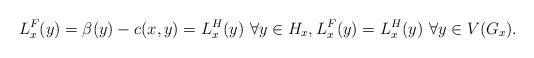
LaTeX: \begin{align*}L_x^F(y) = \beta (y) - c(x,y) = L_x^H (y) \,\,\forall y \in H_x, L_x^F(y) = L_x^H (y)\,\,\forall y \in V(G_x).\end{align*}